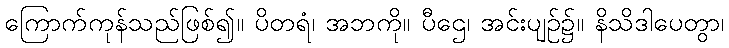
ကြောက်ကုန်သည်ဖြစ်၍။ ပိတရံ၊ အဘကို။ ပီဌေ၊ အင်းပျဉ်၌။ နိသိဒါပေတွာ၊